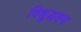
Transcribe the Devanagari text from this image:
विशुद्धशय